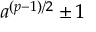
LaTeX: a ^ { ( p - 1 ) / 2 } \pm 1